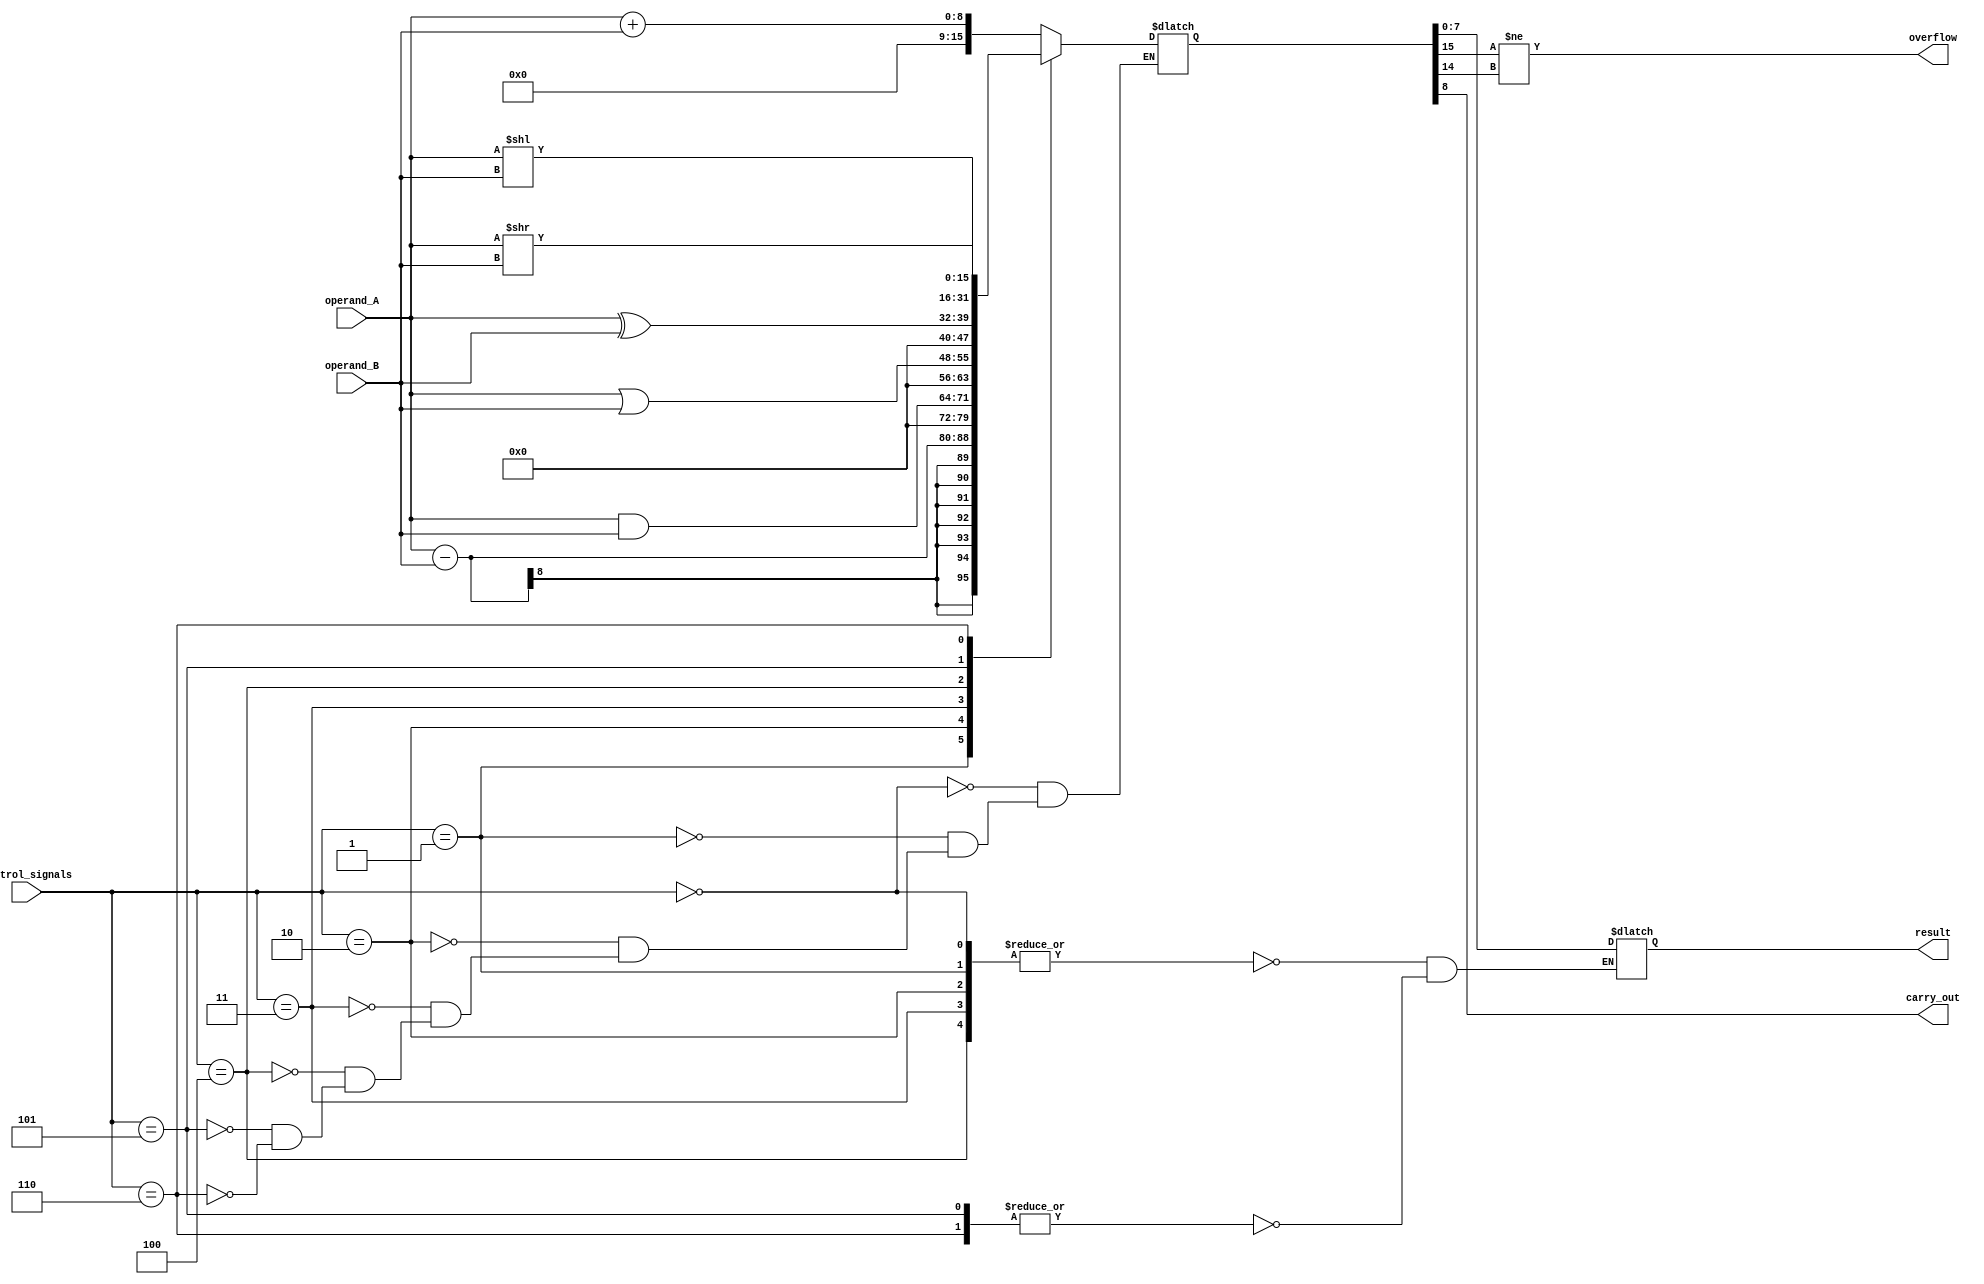
module ALU (
    input [7:0] operand_A,
    input [7:0] operand_B,
    input [2:0] control_signals,
    output reg [7:0] result,
    output reg overflow,
    output reg carry_out
);

//define control signal constants
parameter ADD = 3'b000;
parameter SUB = 3'b001;
parameter AND = 3'b010;
parameter OR = 3'b011;
parameter XOR = 3'b100;
parameter SHIFT_LEFT = 3'b101;
parameter SHIFT_RIGHT = 3'b110;

//define temporary variables
reg [15:0] temp_result;

//perform the selected operation based on control signals
always @(*) begin
    case(control_signals)
        ADD: temp_result = operand_A + operand_B;
        SUB: temp_result = operand_A - operand_B;
        AND: temp_result = operand_A & operand_B;
        OR: temp_result = operand_A | operand_B;
        XOR: temp_result = operand_A ^ operand_B;
        SHIFT_LEFT: temp_result = operand_A << operand_B;
        SHIFT_RIGHT: temp_result = operand_A >> operand_B;
    endcase
end

//check for overflow and carry out conditions
always @(*) begin
    overflow = (temp_result[15] != temp_result[14]); //overflow if sign bits are not the same
    carry_out = (temp_result[8]);
end

//assign the result based on the selected operation
always @(*) begin
    case(control_signals)
        ADD, SUB, AND, OR, XOR: result = temp_result[7:0]; //for bitwise operations
        SHIFT_LEFT, SHIFT_RIGHT: result = temp_result[7:0]; //for shift operations
    endcase
end

endmodule